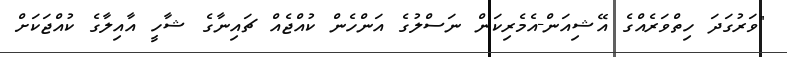
"ވަރުގަދަ ހިތްވަރެއްގެ އޭޝިއަން-އެމެރިކަން ނަސްލުގެ އަންހެން ކުއްޖެއް ޗައިނާގެ ޝާހީ އާއިލާގެ ކުއްޖަކަށް